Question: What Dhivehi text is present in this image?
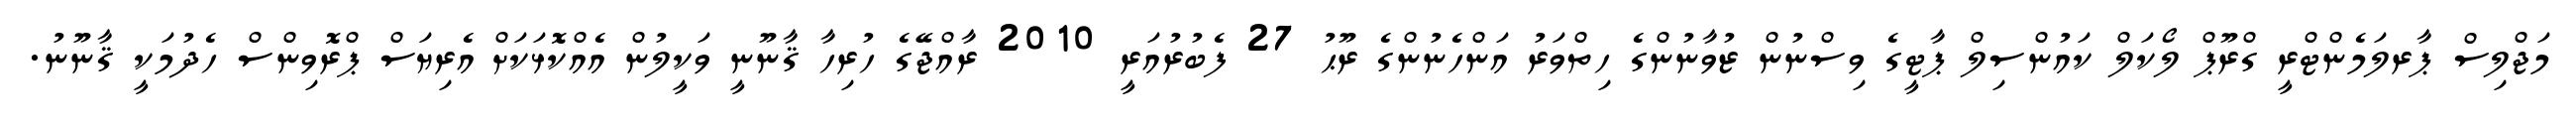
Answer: މަޖްލިސް ޕާރލަމެންޓްރީ ގްރޫޕް ލޯކަލް ކައުންސިލް ޕާޓީގެ ވިސްނުން ޒުވާނުންގެ ހިތްވަރު އަންހެނުންގެ ރޫޙު 27 ފެބުރުއަރީ 2010 ރާއްޖޭގެ ހުރިހާ ޤާނޫނީ ވަކީލުން އެއްކޮޅަކަށް އެރިޔަސް ޕްރޮވިންސް ހެދުމަކީ ޤާނޫނު.